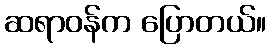
ဆရာဝန်က ပြောတယ်။